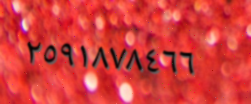
٢٥٩١٨٧٨٤٦٦